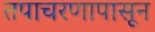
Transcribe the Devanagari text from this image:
तपाचरणापासून